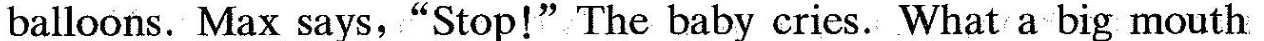
balloons. Max says,"Stop!"The baby cries. What a big mouth